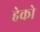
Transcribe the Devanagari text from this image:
हेको